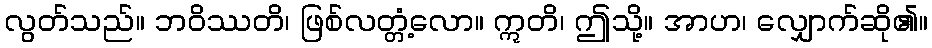
လွတ်သည်။ ဘဝိဿတိ၊ ဖြစ်လတ္တံ့လော။ ဣတိ၊ ဤသို့။ အာဟ၊ လျှောက်ဆို၏။